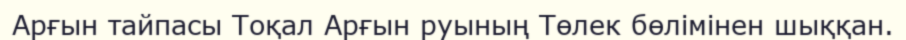
Арғын тайпасы Тоқал Арғын руының Төлек бөлімінен шыққан.